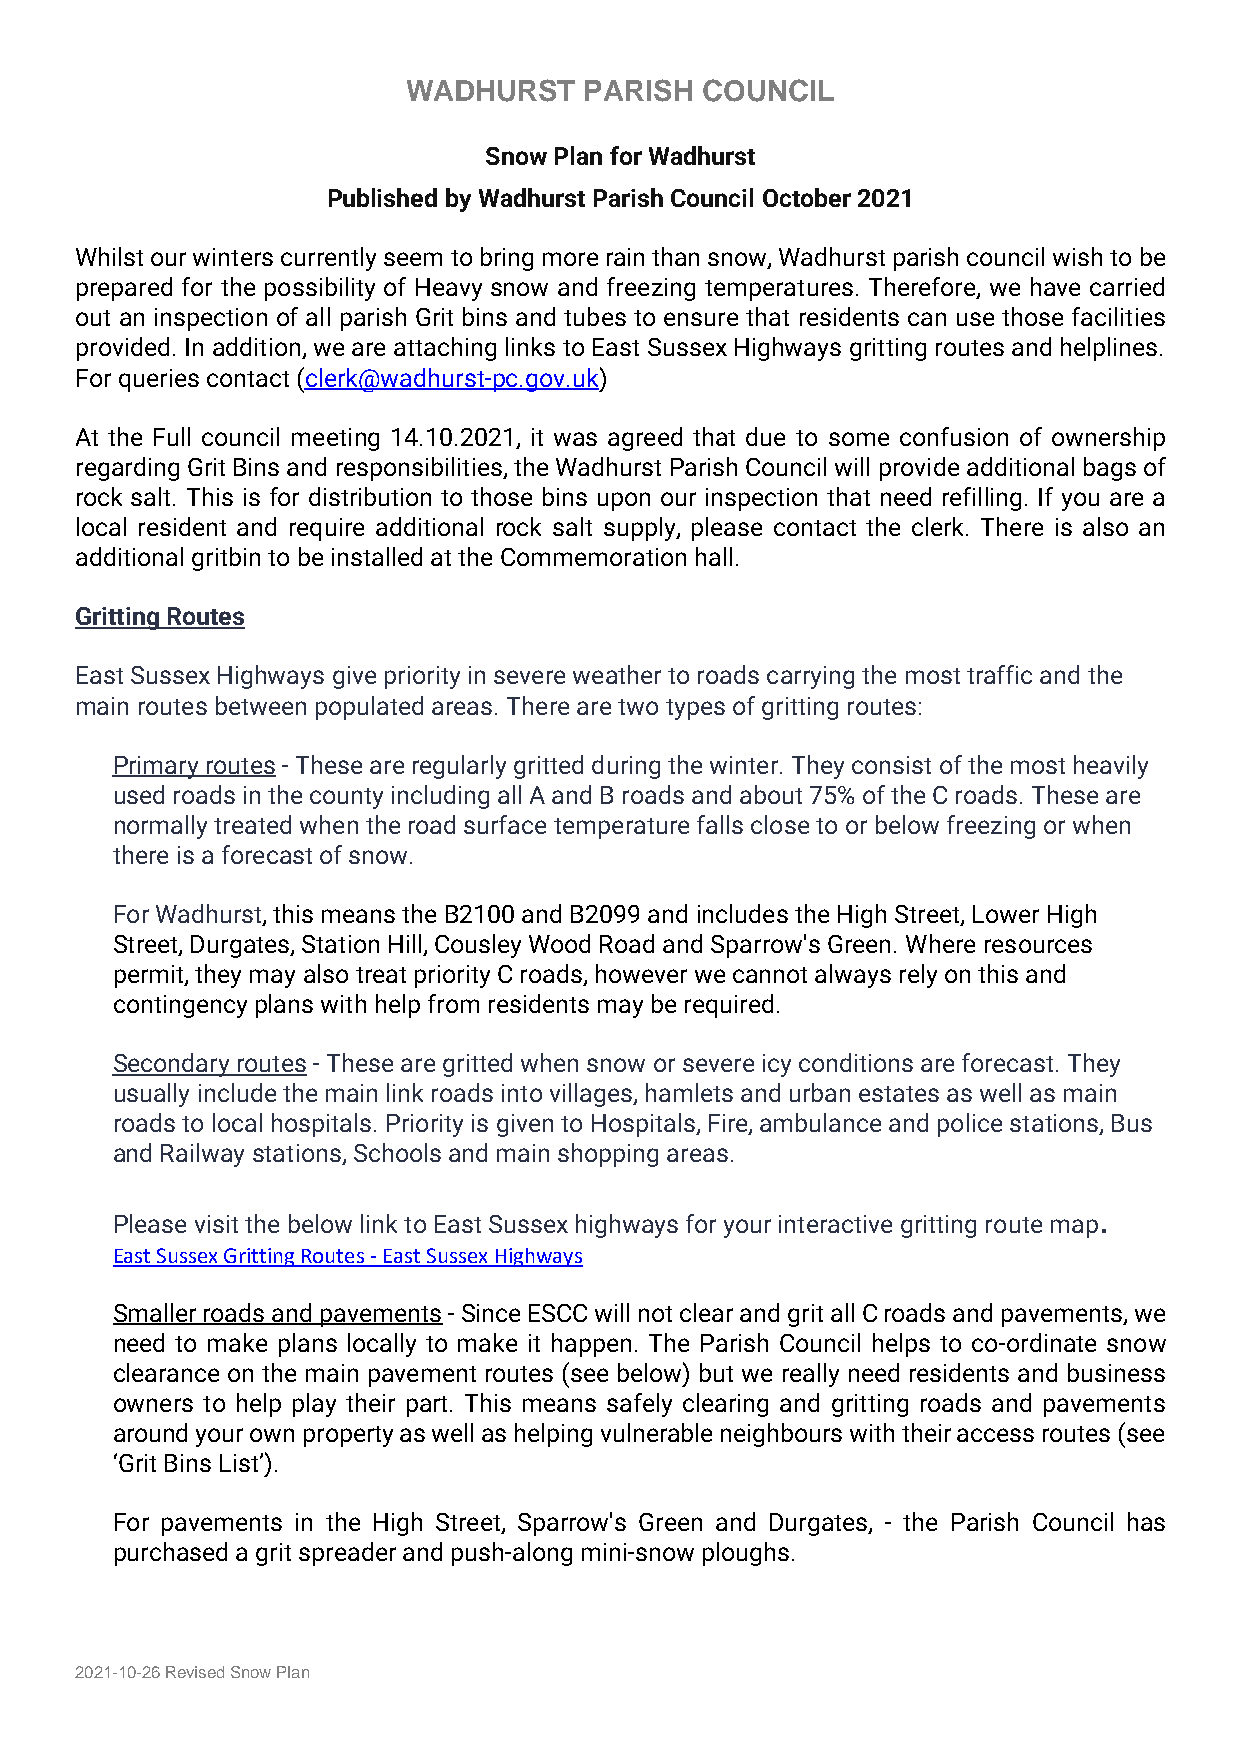
WADHURST    PARISH COUNCIL
 Snow Plan for Wadhurst
 Published by Wadhurst Parish Council October 2021
 Whilst our winters currently seem to bring more rain than snow, Wadhurst parish council wish to be
 prepared for the possibility of Heavy snow and freezing temperatures. Therefore, we have carried
 out an inspection of all parish Grit bins and tubes to ensure that residents can use those facilities
 provided. In addition, we are attaching links to East Sussex Highways gritting routes and helplines.
 For queries contact (clerk@wadhurst-pc.gov.uk)
 At the Full council meeting 14.10.2021, it was agreed that due to some confusion of ownership
 regarding Grit Bins and responsibilities, the Wadhurst Parish Council will provide additional bags of
 rock salt. This is for distribution to those bins upon our inspection that need refilling. If you are a
 local resident and require additional rock salt supply, please contact the clerk. There is also an
 additional gritbin to be installed at the Commemoration hall.
 Gritting Routes
 East Sussex Highways give priority in severe weather to roads carrying the most traffic and the
 main routes between populated areas. There are two types of gritting routes:
 Primary routes - These are regularly gritted during the winter. They consist of the most heavily
 used roads in the county including all A and B roads and about 75% of the C roads. These are
 normally treated when the road surface temperature falls close to or below freezing or when
 there is a forecast of snow.
 For Wadhurst, this means the B2100 and B2099 and includes the High Street, Lower High
 Street, Durgates, Station Hill, Cousley Wood Road and Sparrow's Green. Where resources
 permit, they may also treat priority C roads, however we cannot always rely on this and
 contingency plans with help from residents may be required.
 Secondary routes - These are gritted when snow or severe icy conditions are forecast. They
 usually include the main link roads into villages, hamlets and urban estates as well as main
 roads to local hospitals. Priority is given to Hospitals, Fire, ambulance and police stations, Bus
 and Railway stations, Schools and main shopping areas.
 .
 Please visit the below link to East Sussex highways for your interactive gritting route map
 East Sussex Gritting Routes - East Sussex Highways
 Smaller roads and pavements - Since ESCC will not clear and grit all C roads and pavements, we
 need to make plans locally to make it happen. The Parish Council helps to co-ordinate snow
 clearance on the main pavement routes (see below) but we really need residents and business
 owners to help play their part. This means safely clearing and gritting roads and pavements
 around your own property as well as helping vulnerable neighbours with their access routes (see
 ‘Grit Bins List’).
 For pavements in the High Street, Sparrow's Green and Durgates, - the Parish Council has
 purchased a grit spreader and push-along mini-snow ploughs.
 2021-10-26 Revised Snow Plan